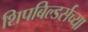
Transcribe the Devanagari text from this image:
शिपबिल्डर्सच्या